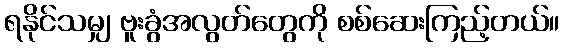
ရနိုင်သမျှ ဗူးခွံအလွတ်တွေကို စစ်ဆေးကြည့်တယ်။